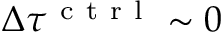
\Delta \tau ^ { \mathrm { ~ c ~ t ~ r ~ l ~ } } \sim 0